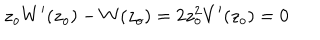
LaTeX: z _ { o } W ^ { \prime } ( z _ { o } ) - W ( z _ { o } ) = 2 z _ { o } ^ { 2 } V ^ { \prime } ( z _ { o } ) = 0